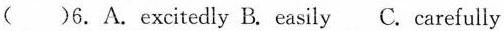
()6.A.Excitedly B. Easily C. Carefully